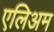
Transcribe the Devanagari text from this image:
एलिअम